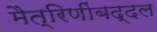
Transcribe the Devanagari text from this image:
मैत्रिणींबद्दल